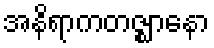
အနိရာကတဇ္ဈာနော